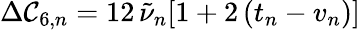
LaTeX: \Delta\mathcal{C}_{6,n}=12\, \tilde{{\nu}}_{n}[1+2\, (t_{n}-v_{n})]